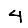
Digit: 4